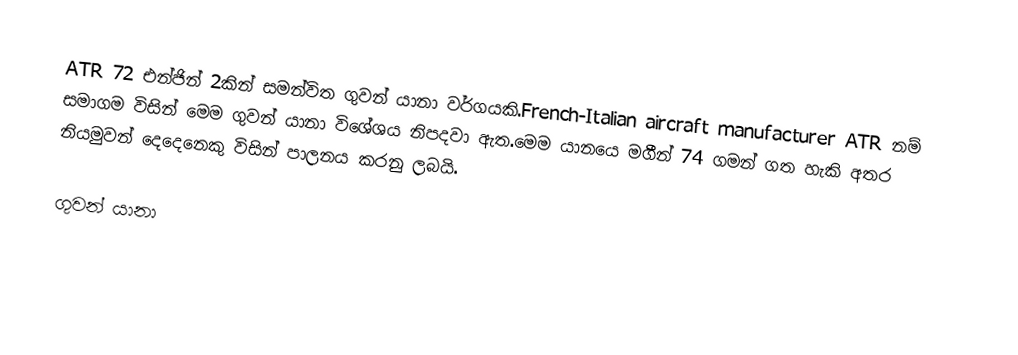
ATR 72 එන්ජින් 2කින් සමන්විත ගුවන් යානා වර්ගයකි.French-Italian aircraft manufacturer ATR නම් සමාගම විසින් මෙම ගුවන් යානා විශේශය නිපදවා ඇත.මෙම යානයෙ මගීන් 74 ගමන් ගත හැකි අතර නියමුවන් දෙදෙනෙකු විසින් පාලනය කරනු ලබයි.

ගුවන් යානා